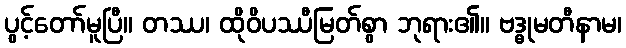
ပွင့်တော်မူပြီ။ တဿ၊ ထိုဝိပဿီမြတ်စွာ ဘုရား၏။ ဗဒ္ဓုမတီနာမ၊